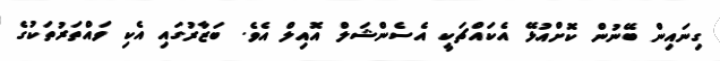
ގިނައިން ބޭނުން ކޮށްއުޅޭ އެކައްޗަކީ އެސެންޝަލް އޮއިލް އެވެ. ބަޒާރުގައި އެކި ވައްތަރުތަކުގެ